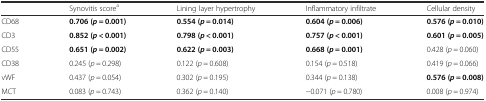
<table><thead><tr><td></td><td><b>Synovitis score<sup>a</sup></b></td><td><b>Lining layer hypertrophy</b></td><td><b>Inflammatory infiltrate</b></td><td><b>Cellular density</b></td></tr></thead><tbody><tr><td>CD68</td><td><b>0.706 (</b><b><i>p</i></b> <b>= 0.001)</b></td><td><b>0.554 (</b><b><i>p</i></b> <b>= 0.014)</b></td><td><b>0.604 (</b><b><i>p</i></b> <b>= 0.006)</b></td><td><b>0.576 (</b><b><i>p</i></b> <b>= 0.010)</b></td></tr><tr><td>CD3</td><td><b>0.852 (</b><b><i>p</i></b> <b>&lt; 0.001)</b></td><td><b>0.798 (</b><b><i>p</i></b> <b>&lt; 0.001)</b></td><td><b>0.757 (</b><b><i>p</i></b> <b>&lt; 0.001)</b></td><td><b>0.601 (</b><b><i>p</i></b> <b>= 0.005)</b></td></tr><tr><td>CD55</td><td><b>0.651 (</b><b><i>p</i></b> <b>= 0.002)</b></td><td><b>0.622 (</b><b><i>p</i></b> <b>= 0.003)</b></td><td><b>0.668 (</b><b><i>p</i></b> <b>= 0.001)</b></td><td>0.428 (<i>p</i> = 0.060)</td></tr><tr><td>CD38</td><td>0.245 (<i>p</i> = 0.298)</td><td>0.122 (<i>p</i> = 0.608)</td><td>0.154 (<i>p</i> = 0.518)</td><td>0.419 (<i>p</i> = 0.066)</td></tr><tr><td>vWF</td><td>0.437 (<i>p</i> = 0.054)</td><td>0.302 (<i>p</i> = 0.195)</td><td>0.344 (<i>p</i> = 0.138)</td><td><b>0.576 (</b><b><i>p</i></b> <b>= 0.008)</b></td></tr><tr><td>MCT</td><td>0.083 (<i>p</i> = 0.743)</td><td>0.362 (<i>p</i> = 0.140)</td><td>−0.071 (<i>p</i> = 0.780)</td><td>0.008 (<i>p</i> = 0.974)</td></tr></tbody></table>